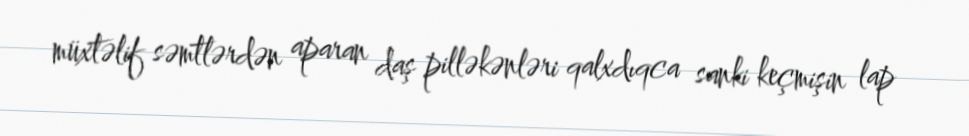
müxtəlif səmtlərdən aparan daş pilləkənləri qalxdıqca sanki keçmişin lap